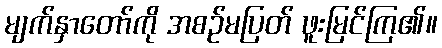
မျက်နှာတော်ကို အစဉ်မပြတ် ဖူးမြင်ကြ၏။